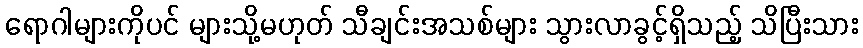
ရောဂါများကိုပင် များသို့မဟုတ် သီချင်းအသစ်များ သွားလာခွင့်ရှိသည့် သိပြီးသား